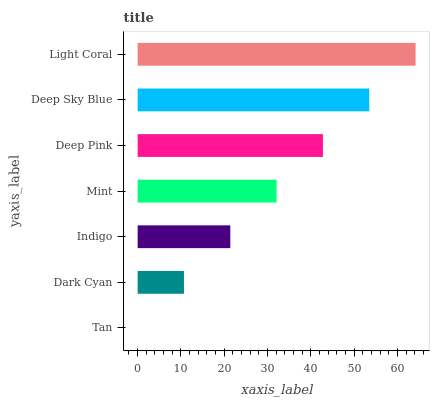
| yaxis_label | bars |
 | --- | --- |
 | Tan | 0 |
 | Dark Cyan | 10.7 |
 | Indigo | 21.4 |
 | Mint | 32.1 |
 | Deep Pink | 42.8 |
 | Deep Sky Blue | 53.5 |
 | Light Coral | 64.2 |